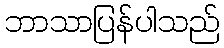
ဘာသာပြန်ပါသည်